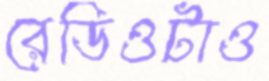
রেডিওটাও